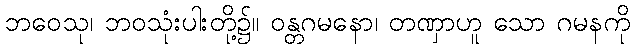
ဘဝေသု၊ ဘဝသုံးပါးတို့၌။ ဝန္တဂမနော၊ တဏှာဟူ သော ဂမနကို